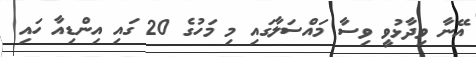
އޭނާ ވިދާޅުވީ ވިސާ މައްސަލާގައި މި މަހުގެ 20 ގައި އިންޑިއާ ހައި